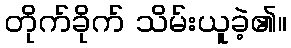
တိုက်ခိုက် သိမ်းယူခဲ့၏။